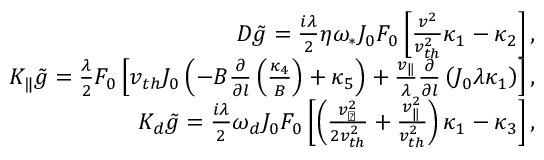
\begin{array} { r } { { \cal D } \tilde { g } = \frac { i \lambda } { 2 } \eta \omega _ { \ast } J _ { 0 } F _ { 0 } \left[ \frac { v ^ { 2 } } { v _ { t h } ^ { 2 } } \kappa _ { 1 } - \kappa _ { 2 } \right] , } \\ { { \cal K } _ { \| } \tilde { g } = \frac { \lambda } { 2 } F _ { 0 } \left[ v _ { t h } J _ { 0 } \left( - B \frac { \partial } { \partial l } \left( \frac { \kappa _ { 4 } } { B } \right) + \kappa _ { 5 } \right) + \frac { v _ { \| } } { \lambda } \frac { \partial } { \partial l } \left( J _ { 0 } \lambda \kappa _ { 1 } \right) \right] , } \\ { { \cal K } _ { d } \tilde { g } = \frac { i \lambda } { 2 } \omega _ { d } J _ { 0 } F _ { 0 } \left[ \left( \frac { v _ { \perp } ^ { 2 } } { 2 v _ { t h } ^ { 2 } } + \frac { v _ { \| } ^ { 2 } } { v _ { t h } ^ { 2 } } \right) \kappa _ { 1 } - \kappa _ { 3 } \right] , } \end{array}